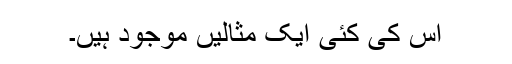
اس کی کئی ایک مثالیں موجود ہیں۔